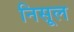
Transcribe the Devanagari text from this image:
निसूल